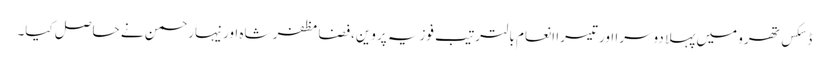
ڈسکس تھرو میں پہلا دوسرا اور تیسرا انعام بالترتیب فوزیہ پروین،فضامظفر شاہ اور نیہارحمن نے حاصل کیا۔